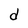
Character: d